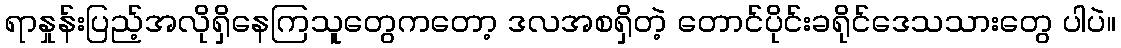
ရာနှုန်းပြည့်အလိုရှိနေကြသူတွေကတော့ ဒလအစရှိတဲ့ တောင်ပိုင်းခရိုင်ဒေသသားတွေ ပါပဲ။